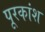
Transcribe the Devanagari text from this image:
पूरकांश